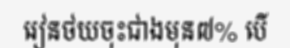
រៀនថយចុះជាងមុន៧% បើ